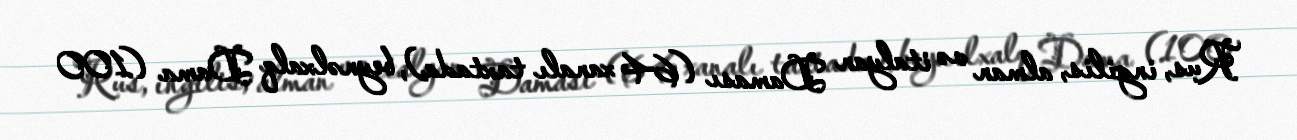
Rus, ingilis, alman və italyan Daması (64 xanalı taxtada), beynəlxalq Dama (100